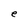
Character: e